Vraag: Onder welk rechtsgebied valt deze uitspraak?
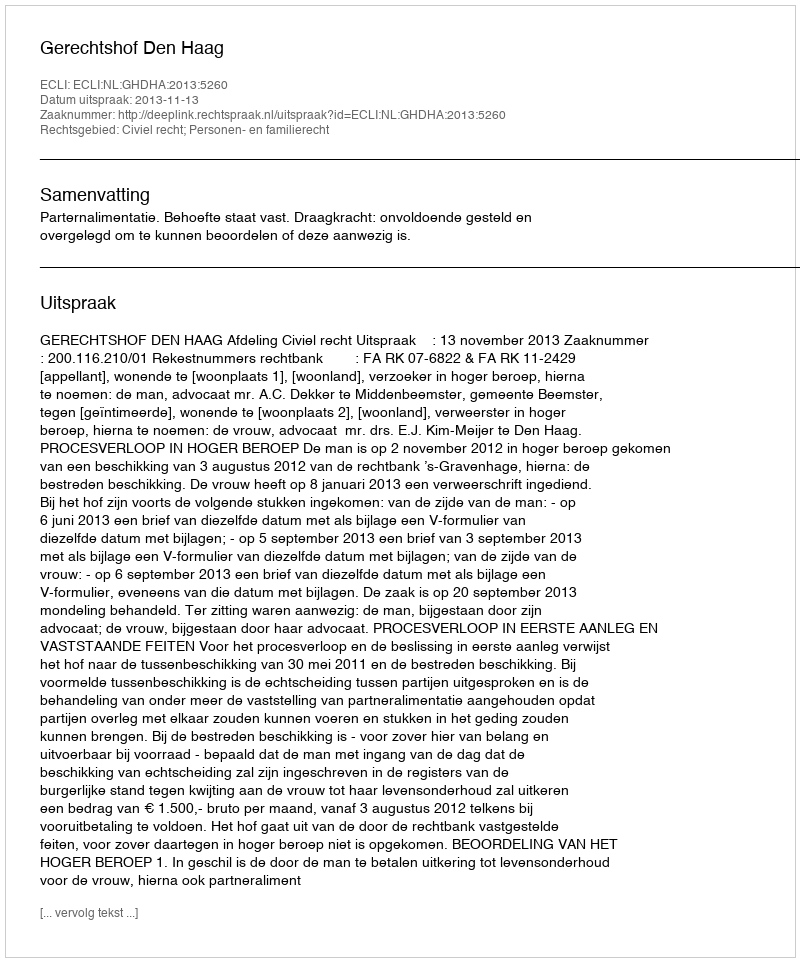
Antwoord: Civiel recht; Personen- en familierecht